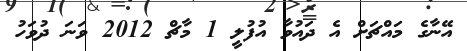
އޭނާގެ މައްޗަށް އެ ދައުވާ އުފުލީ 1 މާޗް 2012 ވަނަ ދުވަހު